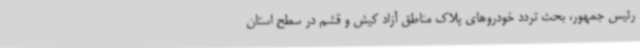
رئیس جمهور، بحث تردد خودروهای پلاک مناطق آزاد کیش و قشم در سطح استان